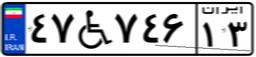
۴۷W۷۴۶۱۳